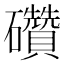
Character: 礸